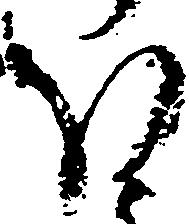
ほ